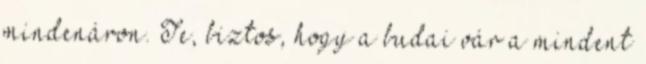
mindenáron. Te, biztos, hogy a budai vár a mindent